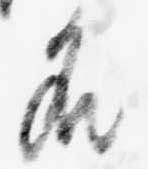
名